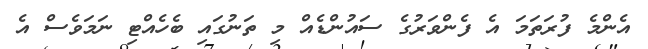
އެންމެ ފުރަތަމަ އެ ފެންވަރުގެ ސައުންޑެއް މި ތަނުގައި ބެހެއްޓި ނަމަވެސް އެ